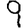
Digit: 9